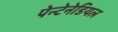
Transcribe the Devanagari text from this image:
पेन्टेनेडियल